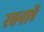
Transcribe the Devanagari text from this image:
रचनाएॅ